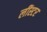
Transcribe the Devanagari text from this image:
लींस्टर